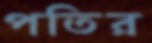
পতির